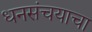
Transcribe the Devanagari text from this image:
धनसंचयाचा